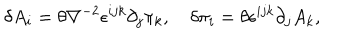
\delta A _ { i } = \theta \nabla ^ { - 2 } \epsilon ^ { i j k } \partial _ { j } \pi _ { k } , \quad \delta \pi _ { i } = \theta \epsilon ^ { i j k } \partial _ { j } A _ { k } ,